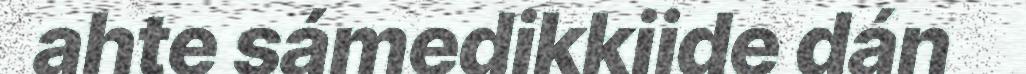
ahte sámedikkiide dán